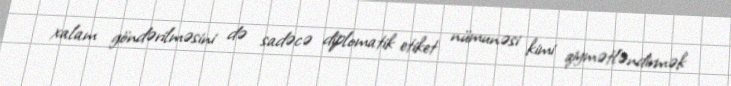
xalam göndərilməsini də sadəcə diplomatik etiket nümunəsi kimi qiymətləndirmək